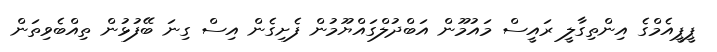
ޕީޕީއެމްގެ އިންތިގާލީ ރައީސް މައުމޫން އަބްދުލްގައްޔޫމުން ފެށިގެން އިސް ގިނަ ބޭފުޅުން ތިއްބެވިތަން